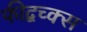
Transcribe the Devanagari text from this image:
फीद्बच्क्स